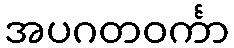
အပဂတဝင်္ကာ